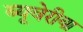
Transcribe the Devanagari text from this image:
ब्‍यूवेरीया